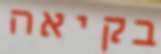
בקיאה